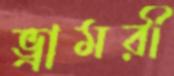
ভ্রামরী